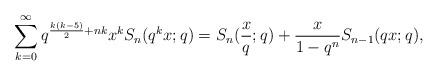
LaTeX: \begin{align*} \sum_{k=0}^{\infty} q^{\frac{k(k-5)}{2}+nk} x^k S_n(q^kx;q) = S_n(\frac{x}{q};q)+\frac{x}{1-q^n} S_{n-1}(qx;q), \end{align*}